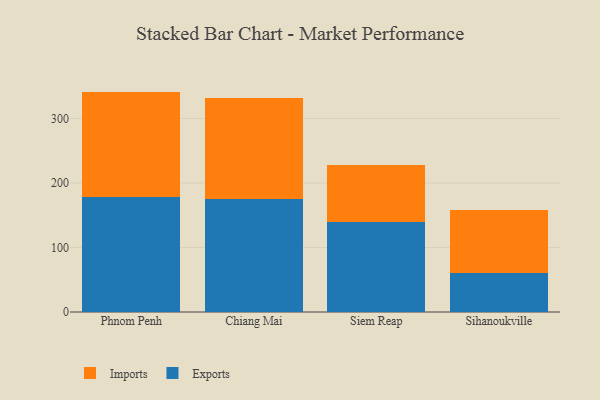
{"axis": {"x": "City", "y": "Conversion Rate (%)"}, "legend": ["Exports", "Imports"], "data": [{"x": "Phnom Penh", "y": 178.8, "type": "Exports"}, {"x": "Phnom Penh", "y": 162.7, "type": "Imports"}, {"x": "Chiang Mai", "y": 174.8, "type": "Exports"}, {"x": "Chiang Mai", "y": 156.3, "type": "Imports"}, {"x": "Siem Reap", "y": 138.9, "type": "Exports"}, {"x": "Siem Reap", "y": 88.7, "type": "Imports"}, {"x": "Sihanoukville", "y": 60.3, "type": "Exports"}, {"x": "Sihanoukville", "y": 98.5, "type": "Imports"}]}